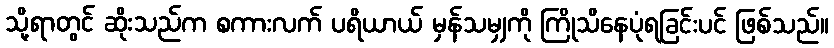
သို့ရာတွင် ဆိုးသည်က စကားလက် ပရိယာယ် မှန်သမျှကို ကြိုသိနေပုံရခြင်းပင် ဖြစ်သည်။